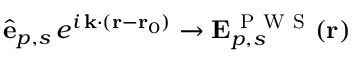
\hat { \mathbf { e } } _ { p , s } \, e ^ { i \, \mathbf { k } \cdot ( \mathbf { r } - \mathbf { r } _ { 0 } ) } \to \mathbf { E } _ { p , s } ^ { \mathrm { ~ P ~ W ~ S ~ } } ( \mathbf { r } )